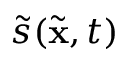
\tilde { s } ( \tilde { { \mathbf x } } , t )